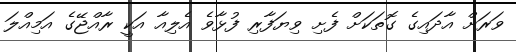
ވަރަށް އާދައިގެ ގޮތަކަށް ފެށި ވިޔަފާރި ފުޅާވެ އެލިއާ އަކީ ރާއްޖޭގެ އަމިއްލަ